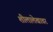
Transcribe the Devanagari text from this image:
शीलालेखावर